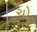
ચો